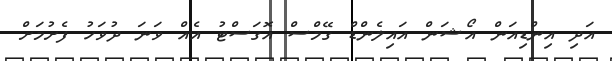
އަދި އިންޑިއަން އޯޝަން އައިލެންޑް ގޭމްސް އޮގަސްޓު އެއް ވަނަ ދުވަހު ފެށުމަށް